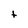
Character: t